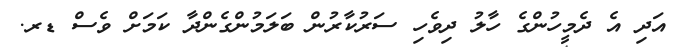
އަދި އެ ދެމީހުންގެ ހާލު ދިވެހި ސަރުކާރުން ބަލަމުންގެންދާ ކަމަށް ވެސް ޑރ.